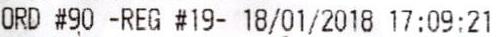
ORD #90 -REG #19- 18/01/2018 17:09:21